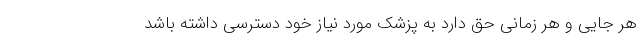
هر جایی و هر زمانی حق دارد به پزشک مورد نیاز خود دسترسی داشته باشد